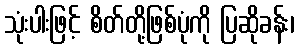
သုံးပါးဖြင့် စိတ်တို့ဖြစ်ပုံကို ပြဆိုခန်း၊